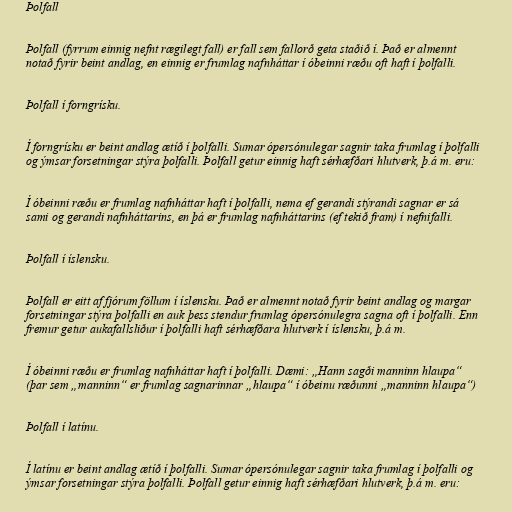
Þolfall

Þolfall (fyrrum einnig nefnt rægilegt fall) er fall sem fallorð geta staðið í. Það er almennt
notað fyrir beint andlag, en einnig er frumlag nafnháttar í óbeinni ræðu oft haft í þolfalli.

Þolfall í forngrísku.

Í forngrísku er beint andlag ætíð í þolfalli. Sumar ópersónulegar sagnir taka frumlag í þolfalli
og ýmsar forsetningar stýra þolfalli. Þolfall getur einnig haft sérhæfðari hlutverk, þ.á m. eru:

Í óbeinni ræðu er frumlag nafnháttar haft í þolfalli, nema ef gerandi stýrandi sagnar er sá
sami og gerandi nafnháttarins, en þá er frumlag nafnháttarins (ef tekið fram) í nefnifalli.

Þolfall í íslensku.

Þolfall er eitt af fjórum föllum í íslensku. Það er almennt notað fyrir beint andlag og margar
forsetningar stýra þolfalli en auk þess stendur frumlag ópersónulegra sagna oft í þolfalli. Enn
fremur getur aukafallsliður í þolfalli haft sérhæfðara hlutverk í íslensku, þ.á m.

Í óbeinni ræðu er frumlag nafnháttar haft í þolfalli. Dæmi: „Hann sagði manninn hlaupa“
(þar sem „manninn“ er frumlag sagnarinnar „hlaupa“ í óbeinu ræðunni „manninn hlaupa“)

Þolfall í latínu.

Í latínu er beint andlag ætíð í þolfalli. Sumar ópersónulegar sagnir taka frumlag í þolfalli og
ýmsar forsetningar stýra þolfalli. Þolfall getur einnig haft sérhæfðari hlutverk, þ.á m. eru: